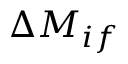
\Delta M _ { i f }